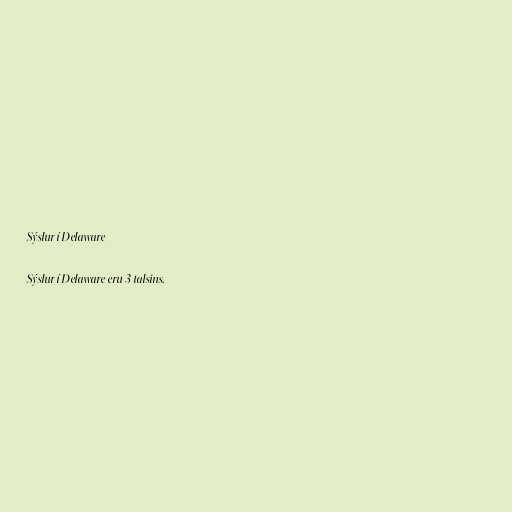
Sýslur í Delaware

Sýslur í Delaware eru 3 talsins.